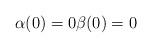
LaTeX: \begin{align*} \alpha(0)=0\beta(0)=0\end{align*}